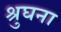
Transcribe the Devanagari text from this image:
श्रुघना